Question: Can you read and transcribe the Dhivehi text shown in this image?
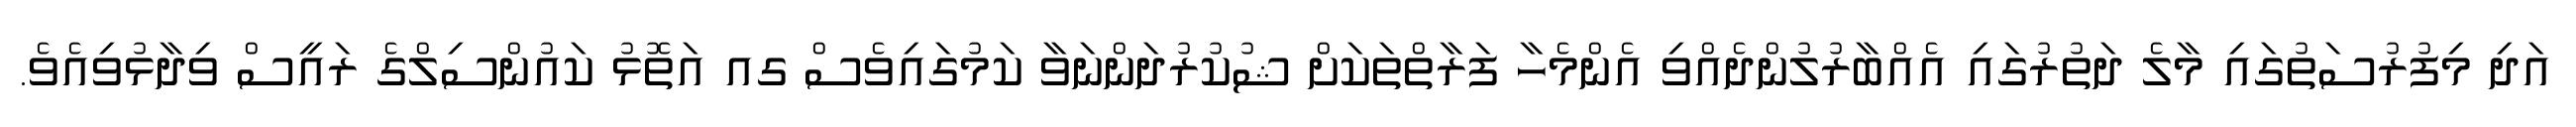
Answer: އަދި މިފުރުސަތުގައި މާލެ ދަތުރުގައި އެއްބާރުލުންދެއްވި އެންމެހާ ފަރާތްތަކަށް ޝުކުރުދަންނަވާ ކަމުގައިވެސް ގއ އަތޮޅު ކައުންސިލްގެ ރައީސް ވިދާޅުވިއެވެ.